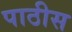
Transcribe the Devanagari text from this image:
पाठीस